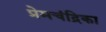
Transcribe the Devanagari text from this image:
प्रेमचंद्रिका